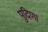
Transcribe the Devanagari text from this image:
पुदिणा